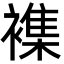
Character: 襍